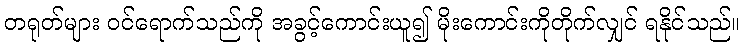
တရုတ်များ ဝင်ရောက်သည်ကို အခွင့်ကောင်းယူ၍ မိုးကောင်းကိုတိုက်လျှင် ရနိုင်သည်။